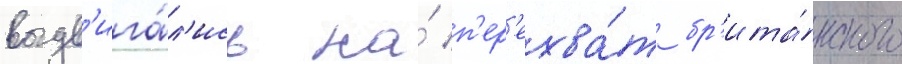
выдв'ига́л'ись на́ п'ер'ехва́т бр'ита́нского